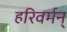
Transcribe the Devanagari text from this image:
हरिवर्मन्‌